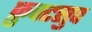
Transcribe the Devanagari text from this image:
फ्रुक्टसुप